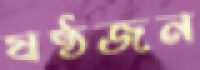
ষষ্ঠজন